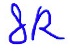
Text: 8R